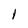
Character: 1